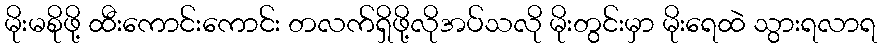
မိုးမစိုဖို့ ထီးကောင်းကောင်း တလက်ရှိဖို့လိုအပ်သလို မိုးတွင်းမှာ မိုးရေထဲ သွားရလာရ